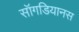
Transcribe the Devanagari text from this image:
सॉगडियानस